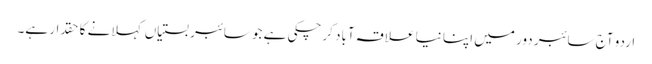
اردو آج سائبر دور میں اپنا نیا علاقہ آباد کرچکی ہے جو سائبر بستیاں کہلانے کا حقدار ہے۔